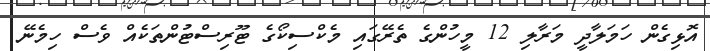
އޮޅިގެން ހަމަލާދީ މަރާލި 12 މީހުންގެ ތެރޭގައި މެކްސިކޯގެ ޓޫރިސްޓުންތަކެއް ވެސް ހިމެނޭ